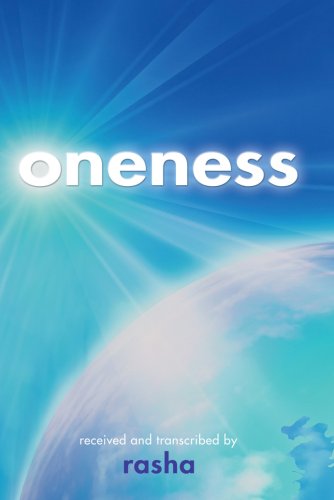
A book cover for Oneness; Rasha; Self-Help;